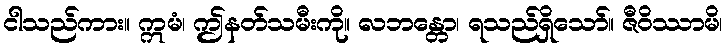
ငါသည်ကား။ ဣမံ၊ ဤနတ်သမီးကို။ လဘန္တော၊ ရသည်ရှိသော်။ ဇီဝိဿာမိ၊